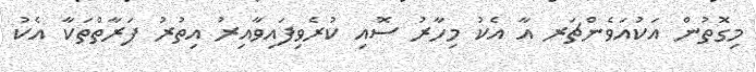
މިގޮތުން އަކުއަވެންޗަރ އާ އެކު މިހާރު ސޮއި ކުރެވިފައިވާއިރު އިތުރު ފަރާތްތަކާ އެކު